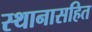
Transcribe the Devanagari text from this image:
स्थानासहित